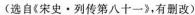
(选自《宋史·列传第八十一》，有删改)